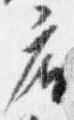
座